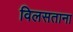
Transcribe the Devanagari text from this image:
विलसताना